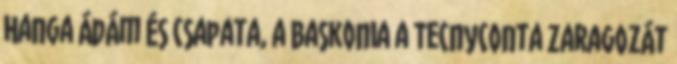
Hanga Ádám és csapata, a Baskonia a Tecnyconta Zaragozát